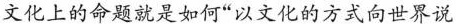
文化上的命题就是如何“以文化的方式向全世界说